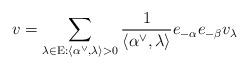
LaTeX: \begin{align*}v = \sum \limits_{\lambda \in \mathrm E : \langle \alpha^\vee, \lambda \rangle > 0} \frac{1}{\langle \alpha^\vee, \lambda \rangle} e_{-\alpha} e_{-\beta} v_\lambda\end{align*}